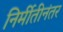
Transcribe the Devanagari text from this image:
निर्मीतीनंतर